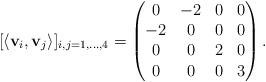
LaTeX: \begin{align*}[\langle \mathbf{v}_i, \mathbf{v}_j \rangle]_{i,j = 1, \dots, 4}=\begin{pmatrix}0 & -2 & 0 & 0 \\-2 & 0 & 0 & 0 \\0 & 0 & 2 & 0 \\0 & 0 & 0 & 3 \\\end{pmatrix}.\end{align*}